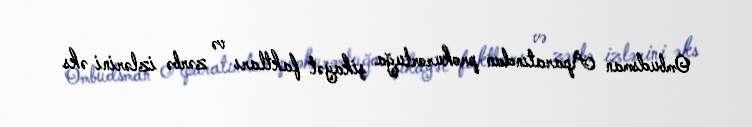
Ombudsman Aparatından prokurorluğa şikayət faktları və zərbə izlərini əks